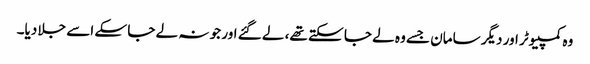
وہ کمپیوٹر اور دیگر سامان جسے وہ لے جا سکتے تھے، لے گئے اور جو نہ لے جا سکے اسے جلا دیا۔